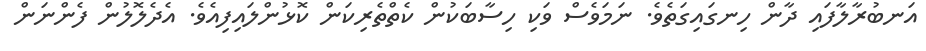
އަނބުރާލާފައި ދާން ހިނގައިގަތެވެ. ނަމަވެސް ވަކި ހިސާބަކުން ކެތްތެރިކަން ކޮޅުންލައިފިއެވެ. އެދެލޮލުން ފެންނަން